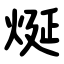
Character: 烻